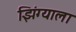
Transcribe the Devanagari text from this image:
झिंग्याला